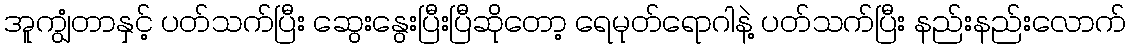
အူကျွံတာနှင့် ပတ်သက်ပြီး ဆွေးနွေးပြီးပြီဆိုတော့ ရေမုတ်ရောဂါနဲ့ ပတ်သက်ပြီး နည်းနည်းလောက်